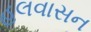
હલવાસન